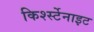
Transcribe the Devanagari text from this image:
किर्श्स्टेनाइट